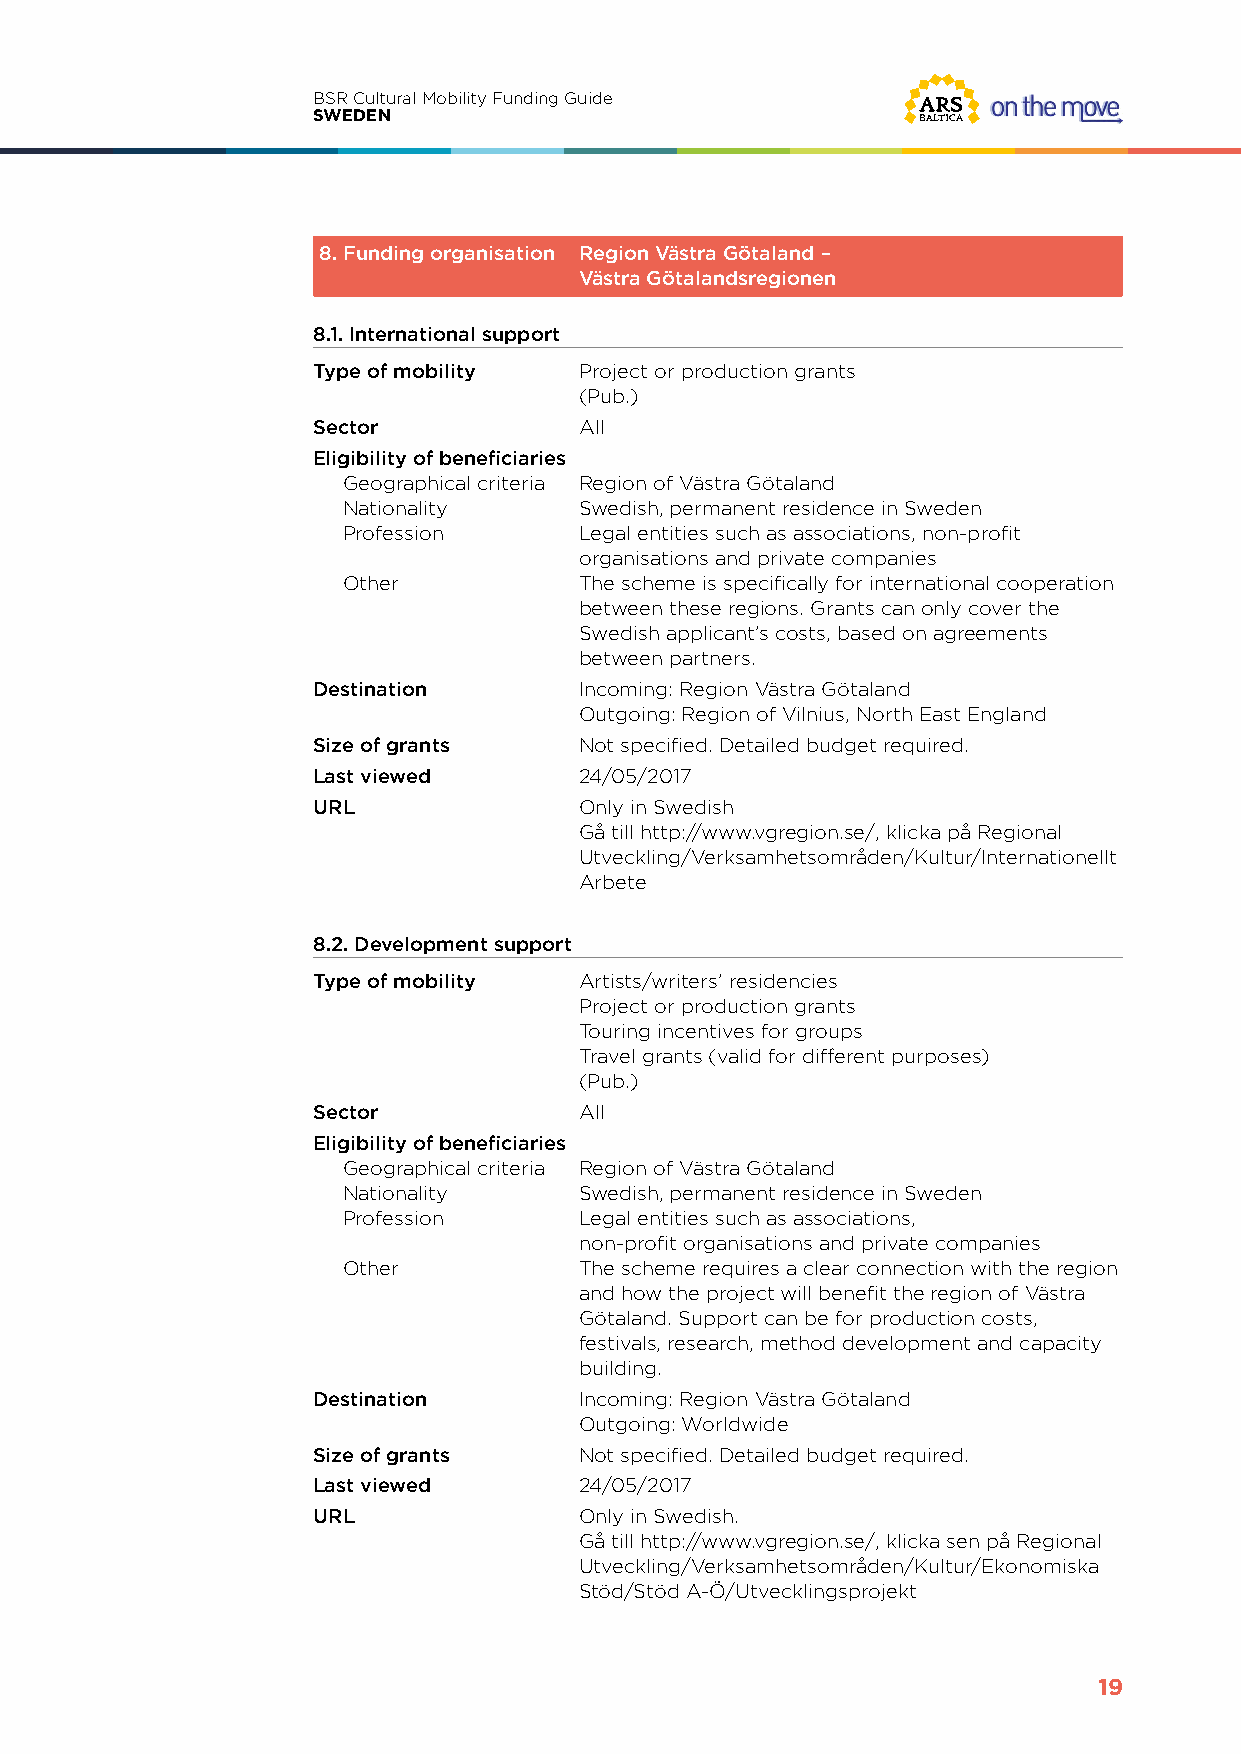
BSR Cultural Mobility Funding Guide
 SWEDEN
 8. Funding organisation Region Västra Götaland –
 Västra Götalandsregionen
 8.1. International support
 Type of mobility Project or production grants
 (Pub.)
 Sector           All
 Eligibility of beneficiaries
 Geographical criteria Region of Västra Götaland
 Nationality    Swedish, permanent residence in Sweden
 Profession     Legal entities such as associations, non-profit
 organisations and private companies
 Other          The scheme is specifically for international cooperation
 between these regions. Grants can only cover the
 Swedish applicant’s costs, based on agreements
 between partners.
 Destination      Incoming: Region Västra Götaland
 Outgoing: Region of Vilnius, North East England
 Size of grants   Not specified. Detailed budget required.
 Last viewed      24/05/2017
 URL              Only in Swedish
 Gå till http://www.vgregion.se/, klicka på Regional
 Utveckling/Verksamhetsområden/Kultur/Internationellt
 Arbete
 8.2. Development support
 Type of mobility Artists/writers’ residencies
 Project or production grants
 Touring incentives for groups
 Travel grants (valid for different purposes)
 (Pub.)
 Sector           All
 Eligibility of beneficiaries
 Geographical criteria Region of Västra Götaland
 Nationality    Swedish, permanent residence in Sweden
 Profession     Legal entities such as associations,
 non-profit organisations and private companies
 Other          The scheme requires a clear connection with the region
 and how the project will benefit the region of Västra
 Götaland. Support can be for production costs,
 festivals, research, method development and capacity
 building.
 Destination      Incoming: Region Västra Götaland
 Outgoing: Worldwide
 Size of grants   Not specified. Detailed budget required.
 Last viewed      24/05/2017
 URL              Only in Swedish.
 Gå till http://www.vgregion.se/, klicka sen på Regional
 Utveckling/Verksamhetsområden/Kultur/Ekonomiska
 Stöd/Stöd A-Ö/Utvecklingsprojekt
 19